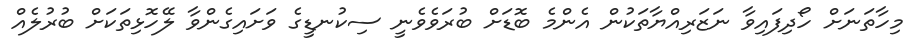
މިހާތަނަށް ހޯދިފައިވާ ނަޒަރިއްޔާތަކުން އެންމެ ބޮޑަށް ބުރަވެވެނީ ސިކުނޑީގެ ވަށައިގެންވާ ލޭހޮޅިތަކަށް ބުރުލެއް